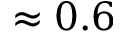
\approx 0 . 6